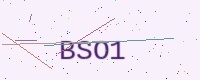
Text: BSO1